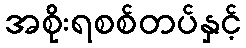
အစိုးရစစ်တပ်နှင့်